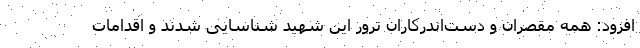
افزود: همه مقصران و دست‌اندرکاران ترور این شهید شناسایی شدند و اقدامات